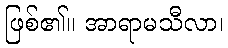
ဖြစ်၏။ အာရာမသီလာ၊